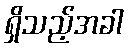
ရှိသည့်အခါ